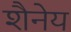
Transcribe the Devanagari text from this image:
शैनेय